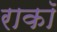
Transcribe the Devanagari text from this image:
राकॉ